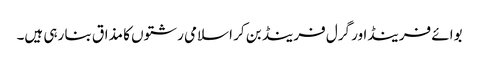
بوائے فرینڈاور گرل فرینڈ بن کر اسلامی رشتوں کا مذاق بنا رہی ہیں۔